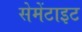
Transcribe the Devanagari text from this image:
सेमेंटाइट